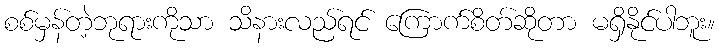
စစ်မှန်တဲ့ဘုရားကိုသာ သိနားလည်ရင် ကြောက်စိတ်ဆိုတာ မရှိနိုင်ပါဘူး။